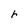
Character: r